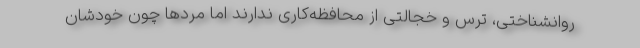
روانشناختی، ترس و خجالتی از محافظه‌کاری ندارند اما مردها چون خودشان